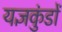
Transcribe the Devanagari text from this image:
यज्ञकुंडों